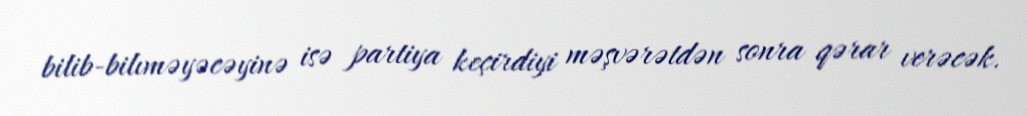
bilib-bilıməyəcəyinə isə partiya keçirdiyi məşvərətdən sonra qərar verəcək.